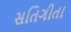
સતિગીતા